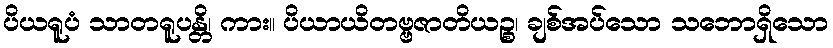
ပိယရူပံ သာတရူပန္တိ၊ ကား။ ပိယာယိတဗ္ဗဇာတိယဉ္စ၊ ချစ်အပ်သော သဘောရှိသော